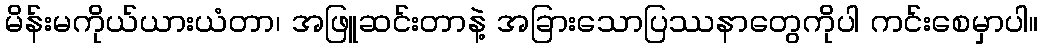
မိန်းမကိုယ်ယားယံတာ၊ အဖြူဆင်းတာနဲ့ အခြားသောပြဿနာတွေကိုပါ ကင်းစေမှာပါ။